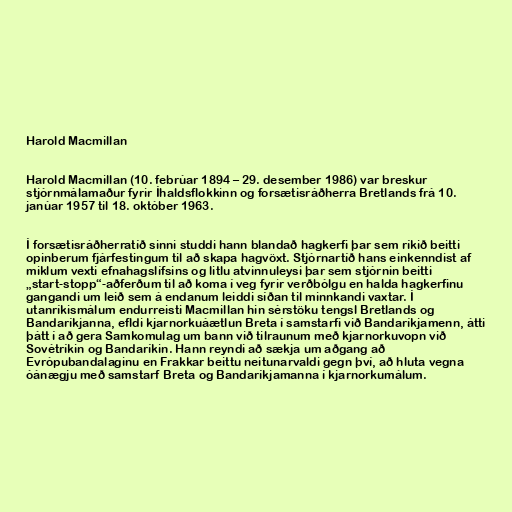
Harold Macmillan

Harold Macmillan (10. febrúar 1894 – 29. desember 1986) var breskur
stjórnmálamaður fyrir Íhaldsflokkinn og forsætisráðherra Bretlands frá 10.
janúar 1957 til 18. október 1963.

Í forsætisráðherratíð sinni studdi hann blandað hagkerfi þar sem ríkið beitti
opinberum fjárfestingum til að skapa hagvöxt. Stjórnartíð hans einkenndist af
miklum vexti efnahagslífsins og litlu atvinnuleysi þar sem stjórnin beitti
„start-stopp“-aðferðum til að koma í veg fyrir verðbólgu en halda hagkerfinu
gangandi um leið sem á endanum leiddi síðan til minnkandi vaxtar. Í
utanríkismálum endurreisti Macmillan hin sérstöku tengsl Bretlands og
Bandaríkjanna, efldi kjarnorkuáætlun Breta í samstarfi við Bandaríkjamenn, átti
þátt í að gera Samkomulag um bann við tilraunum með kjarnorkuvopn við
Sovétríkin og Bandaríkin. Hann reyndi að sækja um aðgang að
Evrópubandalaginu en Frakkar beittu neitunarvaldi gegn því, að hluta vegna
óánægju með samstarf Breta og Bandaríkjamanna í kjarnorkumálum.